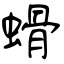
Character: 螖